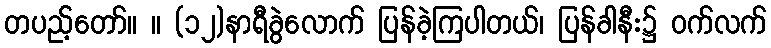
တပည့်တော်။ ။ (၁၂)နာရီခွဲလောက် ပြန်ခဲ့ကြပါတယ်၊ ပြန်ခါနီး၌ ဝက်လက်